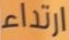
ارتداء